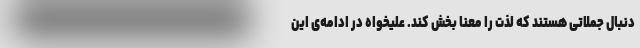
دنبال جملاتی هستند که لذت را معنا بخش کند. علیخواه در ادامه‌ی این